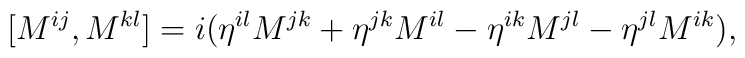
[M^{ij},M^{kl}]  = i(\eta^{il}M^{jk}+\eta^{jk}M^{il}-\eta^{ik}M^{jl}-\eta^{jl}M^{ik}),